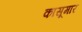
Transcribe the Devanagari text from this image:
कासूमार